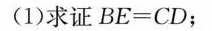
(1)求证$$B E = C D$$；